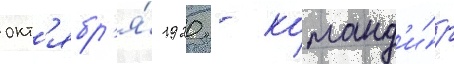
окт'ябр'я́ 1920 - команд'и́р